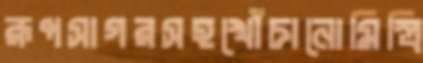
রূপসাগরসহখোঁচানোমিস্ত্রি